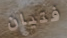
فتيان